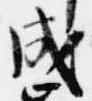
成